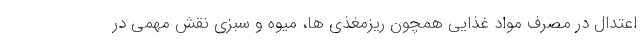
اعتدال در مصرف مواد غذایی همچون ریزمغذی ها، میوه و سبزی نقش مهمی در